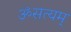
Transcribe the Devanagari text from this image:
ॐसत्यम्